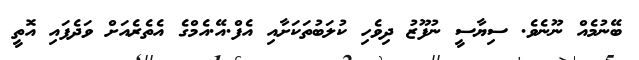
ބޭނުމެއް ނޫނެވެ. ސިޔާސީ ނުފޫޒު ދިވެހި ކުލަބުތަކަށާއި އެފް.އޭ.އެމްގެ އެތެރެއަށް ވަދެފައި އޮތީ